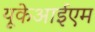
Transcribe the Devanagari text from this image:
यूकेआईएम